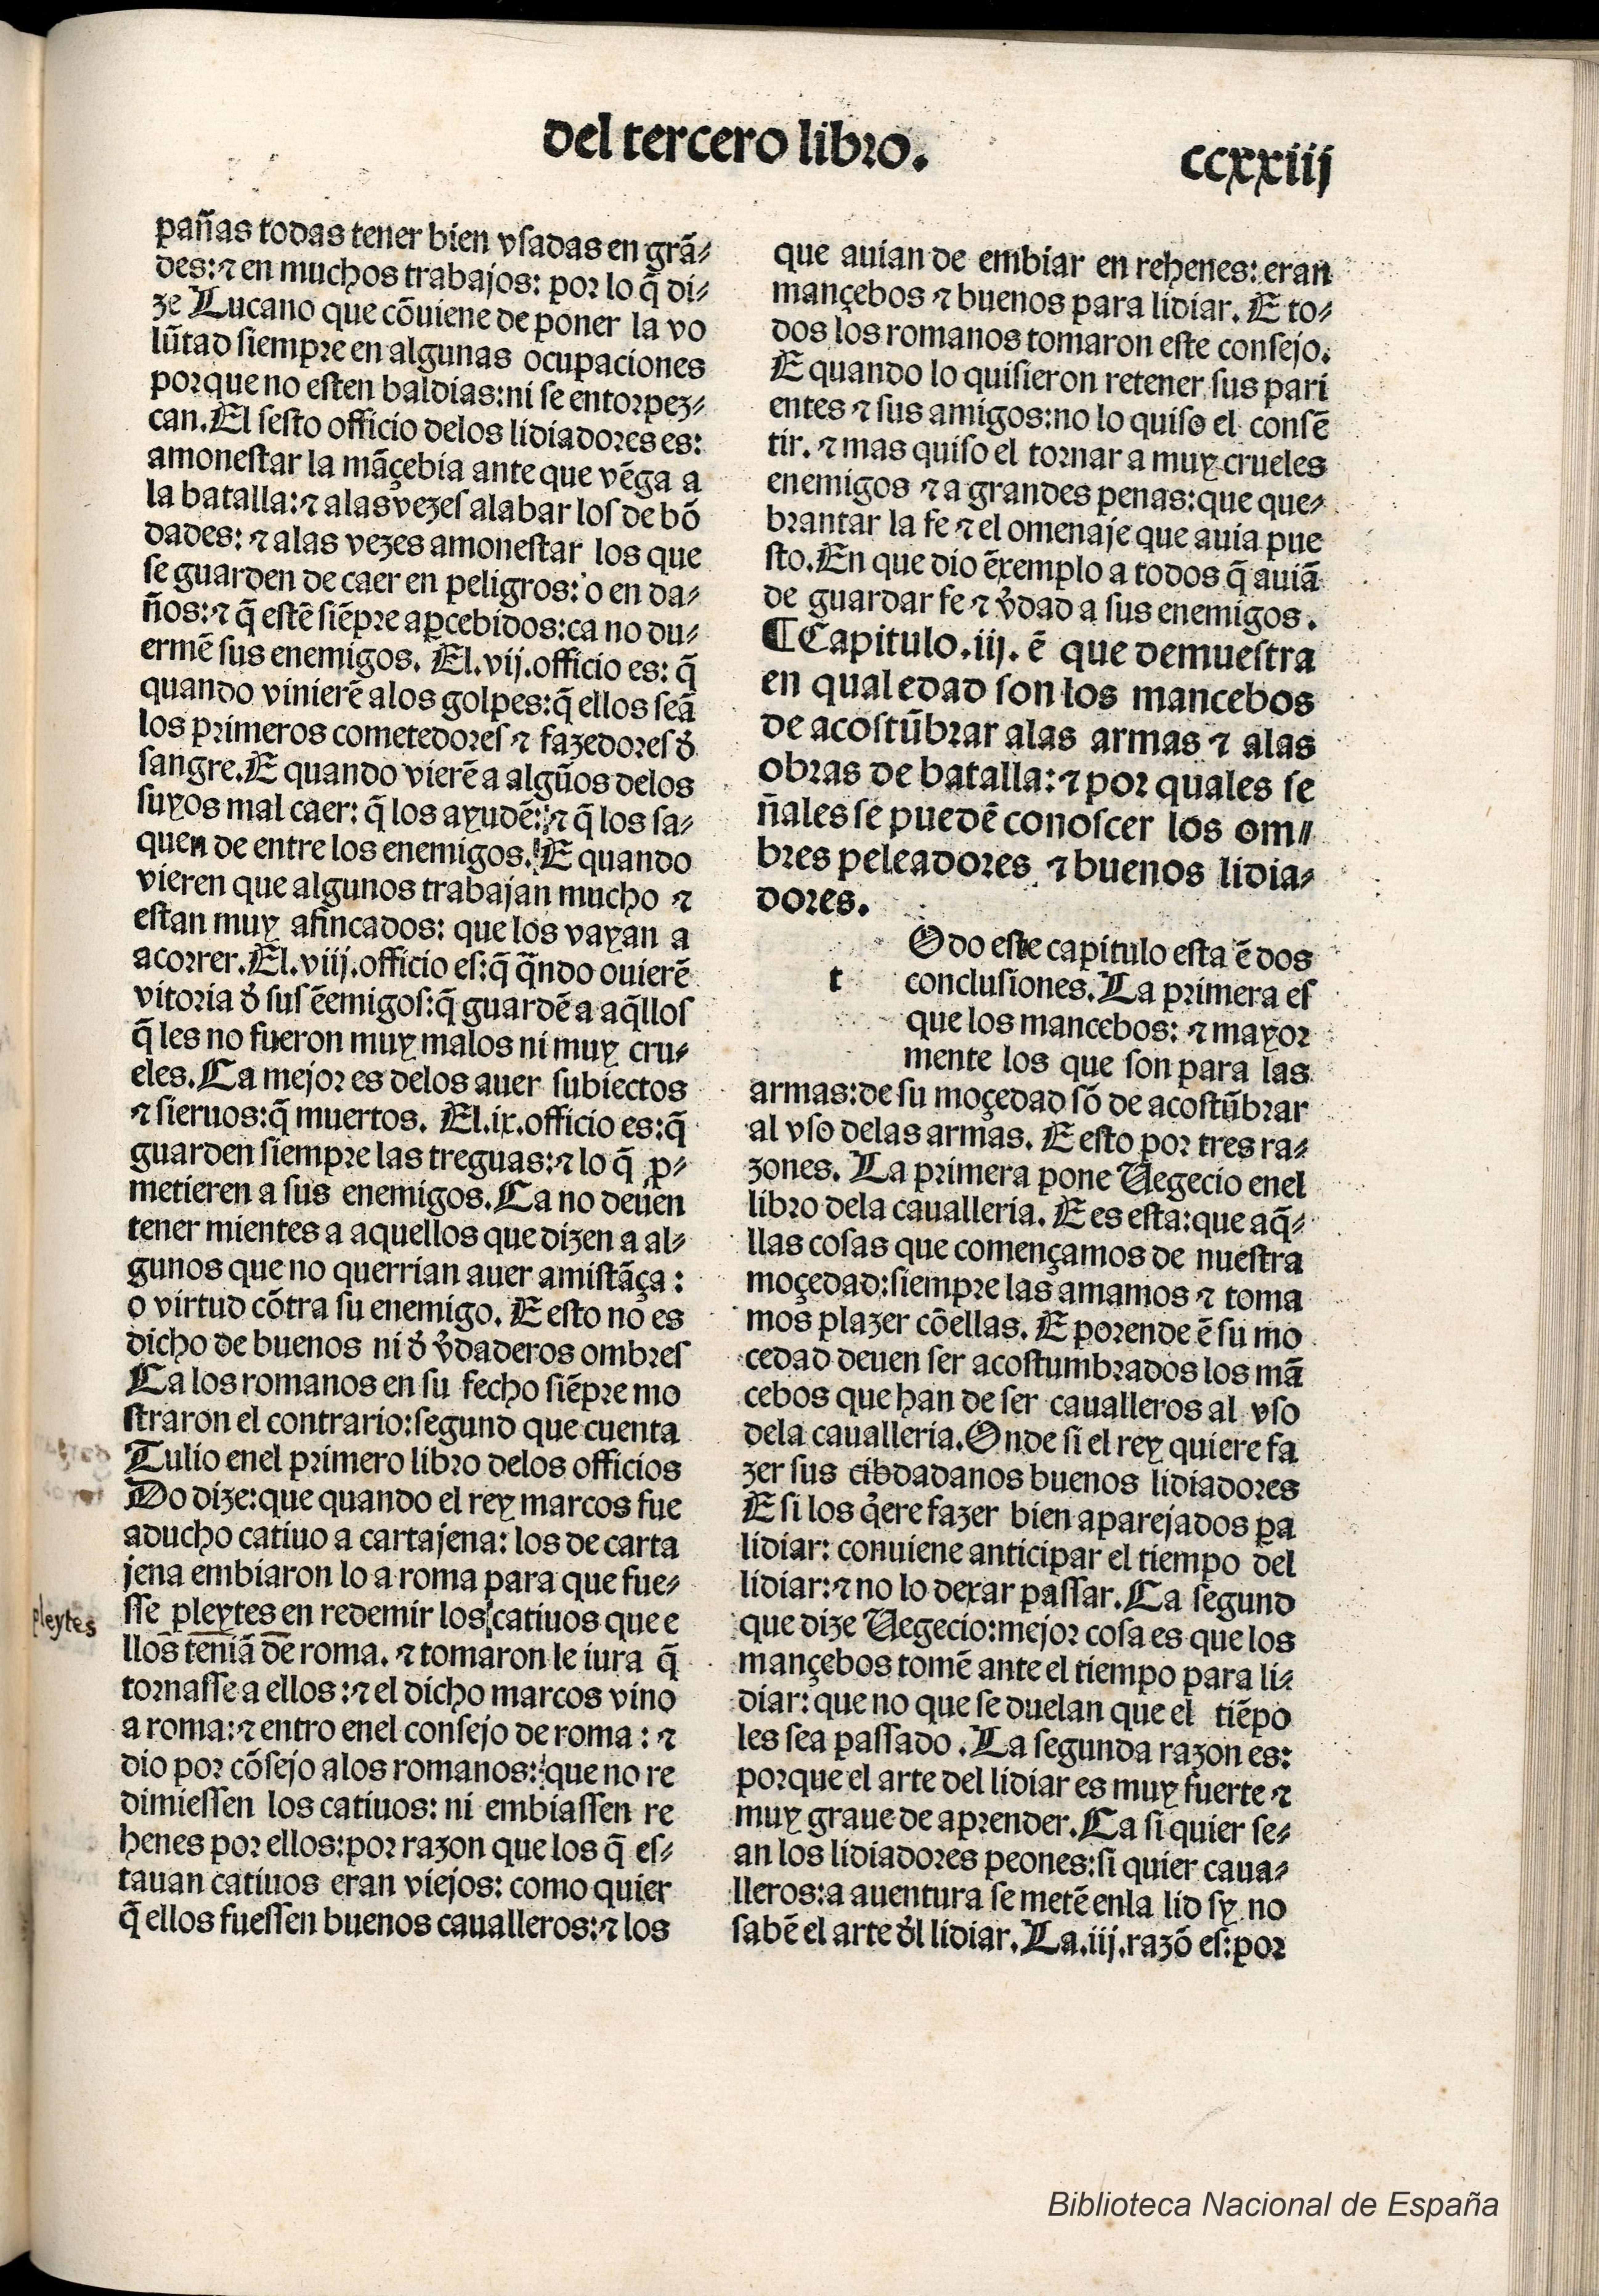
Shelfmark: Madrid, BNE, Inc. 901
Century: 15